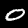
Digit: 0